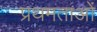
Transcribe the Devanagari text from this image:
प्रथमताओं